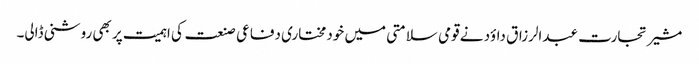
مشیر تجارت عبدالرزاق داؤد نے قومی سلامتی میں خودمختاری دفاعی صنعت کی اہمیت پر بھی روشنی ڈالی۔